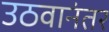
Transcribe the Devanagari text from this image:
उठवानंतर